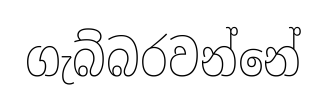
ගැබ්බරවන්නේ